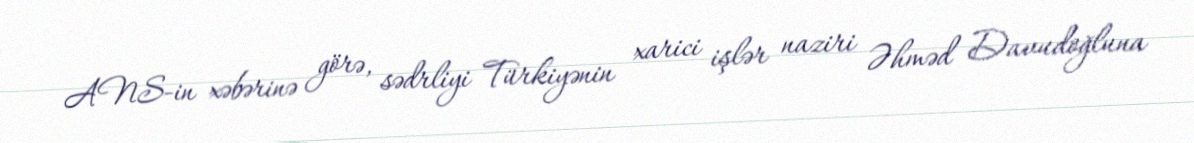
ANS-in xəbərinə görə, sədrliyi Türkiyənin xarici işlər naziri Əhməd Davudoğluna